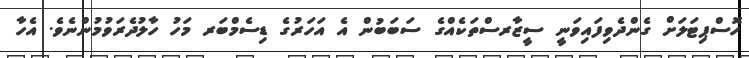
ހޮސްޕިޓަލަށް ގެންދެވިފައިވަނީ ސީޒާރސްތަކެއްގެ ސަބަބުން އެ އަހަރުގެ ޑިސެމްބަރ މަހު ހާލުދެރަވުމުންނެވެ. އެހާ